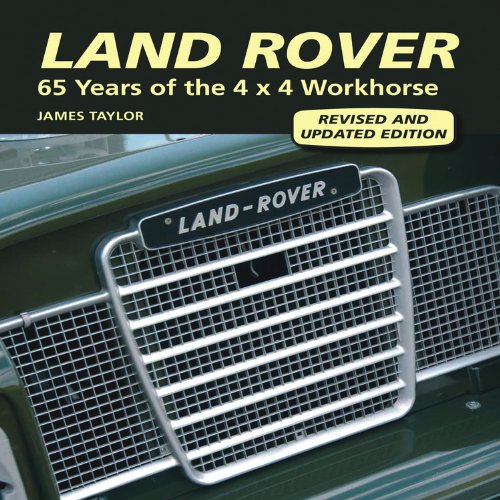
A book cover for Land Rover: 65 Years of the 4 x 4 Workhorse; James Taylor; Engineering & Transportation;